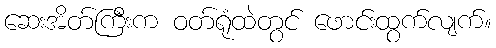
ဆေးအိတ်ကြီးက ဝတ်ရုံထဲတွင် ဖောင်းထွက်လျက်။